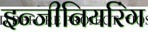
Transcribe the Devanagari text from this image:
इन्‍जीनियरिंग